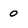
Character: 0